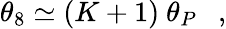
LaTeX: \displaystyle\theta_{8}\simeq(K+1)~\theta_{P}~~~,